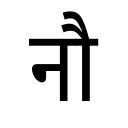
OCR:
नौ